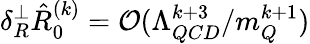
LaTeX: \delta_{R}^{\perp}\hat{R}_{0}^{(k)}={\cal O}(\Lambda_{QCD}^{k+3}/m_{Q}^{k+1})